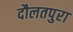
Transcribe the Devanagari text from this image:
दौलतपुरा